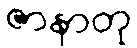
ဇာနာတု